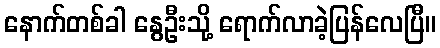
နောက်တစ်ခါ နွေဦးသို့ ရောက်လာခဲ့ပြန်လေပြီ။